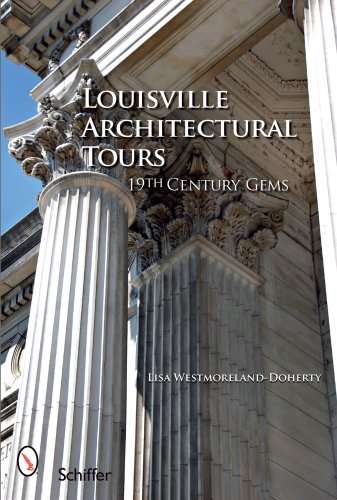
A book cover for Louisville Architectural Tours: 19th Century Gems; Lisa Westmoreland-Doherty; Travel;